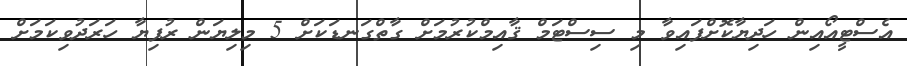
އެސްޓީއޯއިން ހަދިޔާކޮށްފައިވާ މި ސިސްޓަމް ޤާއިމްކުރުމަށް ގާތްގަނޑަކަށް 5 މިލިޔަން ރުފިޔާ ހަރަދުވިކަމަށް